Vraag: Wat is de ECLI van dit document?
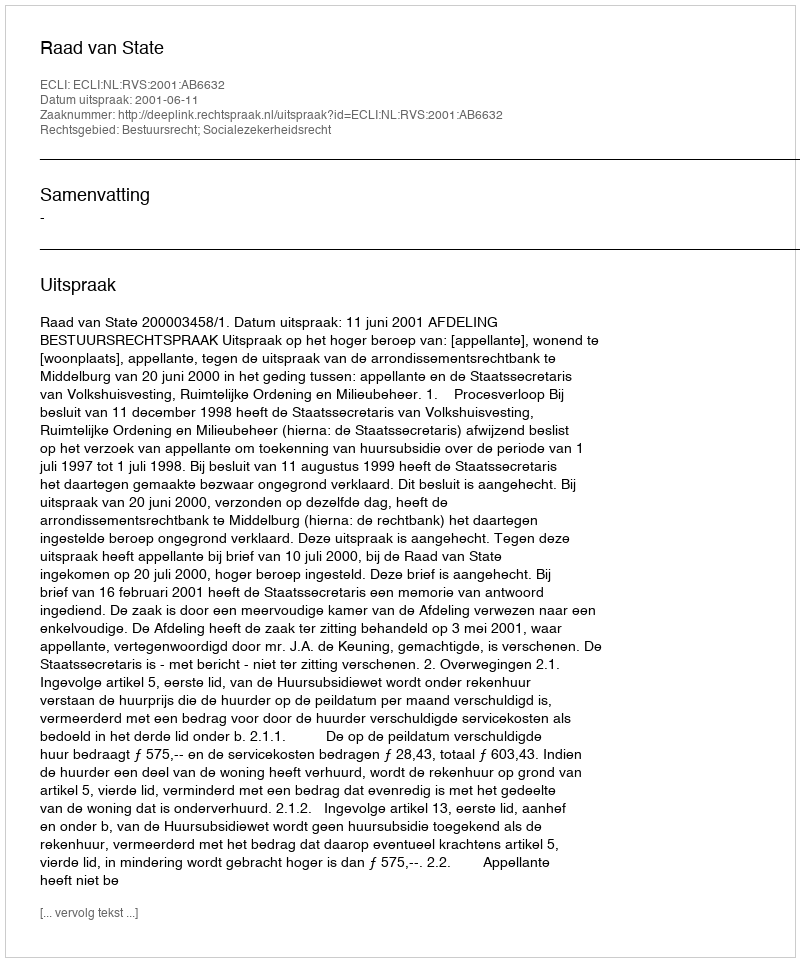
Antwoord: ECLI:NL:RVS:2001:AB6632